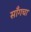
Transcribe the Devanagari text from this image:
साँगचा